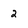
Character: 2